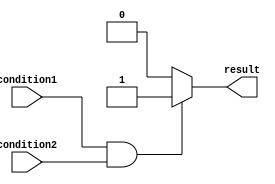
module conditional_operation(
    input wire condition1,
    input wire condition2,
    output reg result
);

always @(*) begin
    if (condition1 && condition2) begin
        result <= 1; // Execute this block of code if both condition1 and condition2 are true
    end
    else begin
        result <= 0; // Execute this block of code if either condition1 or condition2 is false
    end
end

endmodule